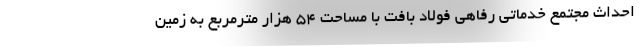
احداث مجتمع خدماتی رفاهی فولاد بافت با مساحت ۵۴ هزار مترمربع به زمین